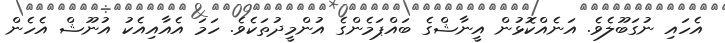
އެހައި ނުގަބޫލެވެ. އަނެއްކޮޅުން އީނާޝްގެ ބައްޕަމެންގެ އުންމީދުތަކެވެ. ހަމަ އެއާއިއެކު އުނޫޝް އެހެން